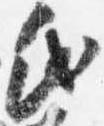
氏